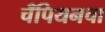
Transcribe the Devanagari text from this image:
चँपियनचा